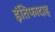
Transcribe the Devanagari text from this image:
इंतिफादाह